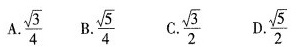
A.$$\frac{\sqrt{3}}{4}$$ B .$$\frac{\sqrt{5}}{4}$$ C. $$\frac{\sqrt{3}}{2}$$ D. $$\frac{\sqrt{5}}{2}$$